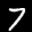
Label: 7